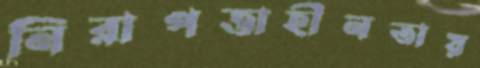
নিরাপত্তাহীনতায়